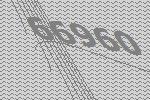
66960